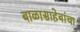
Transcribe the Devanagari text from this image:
बाळासाहेबांचा